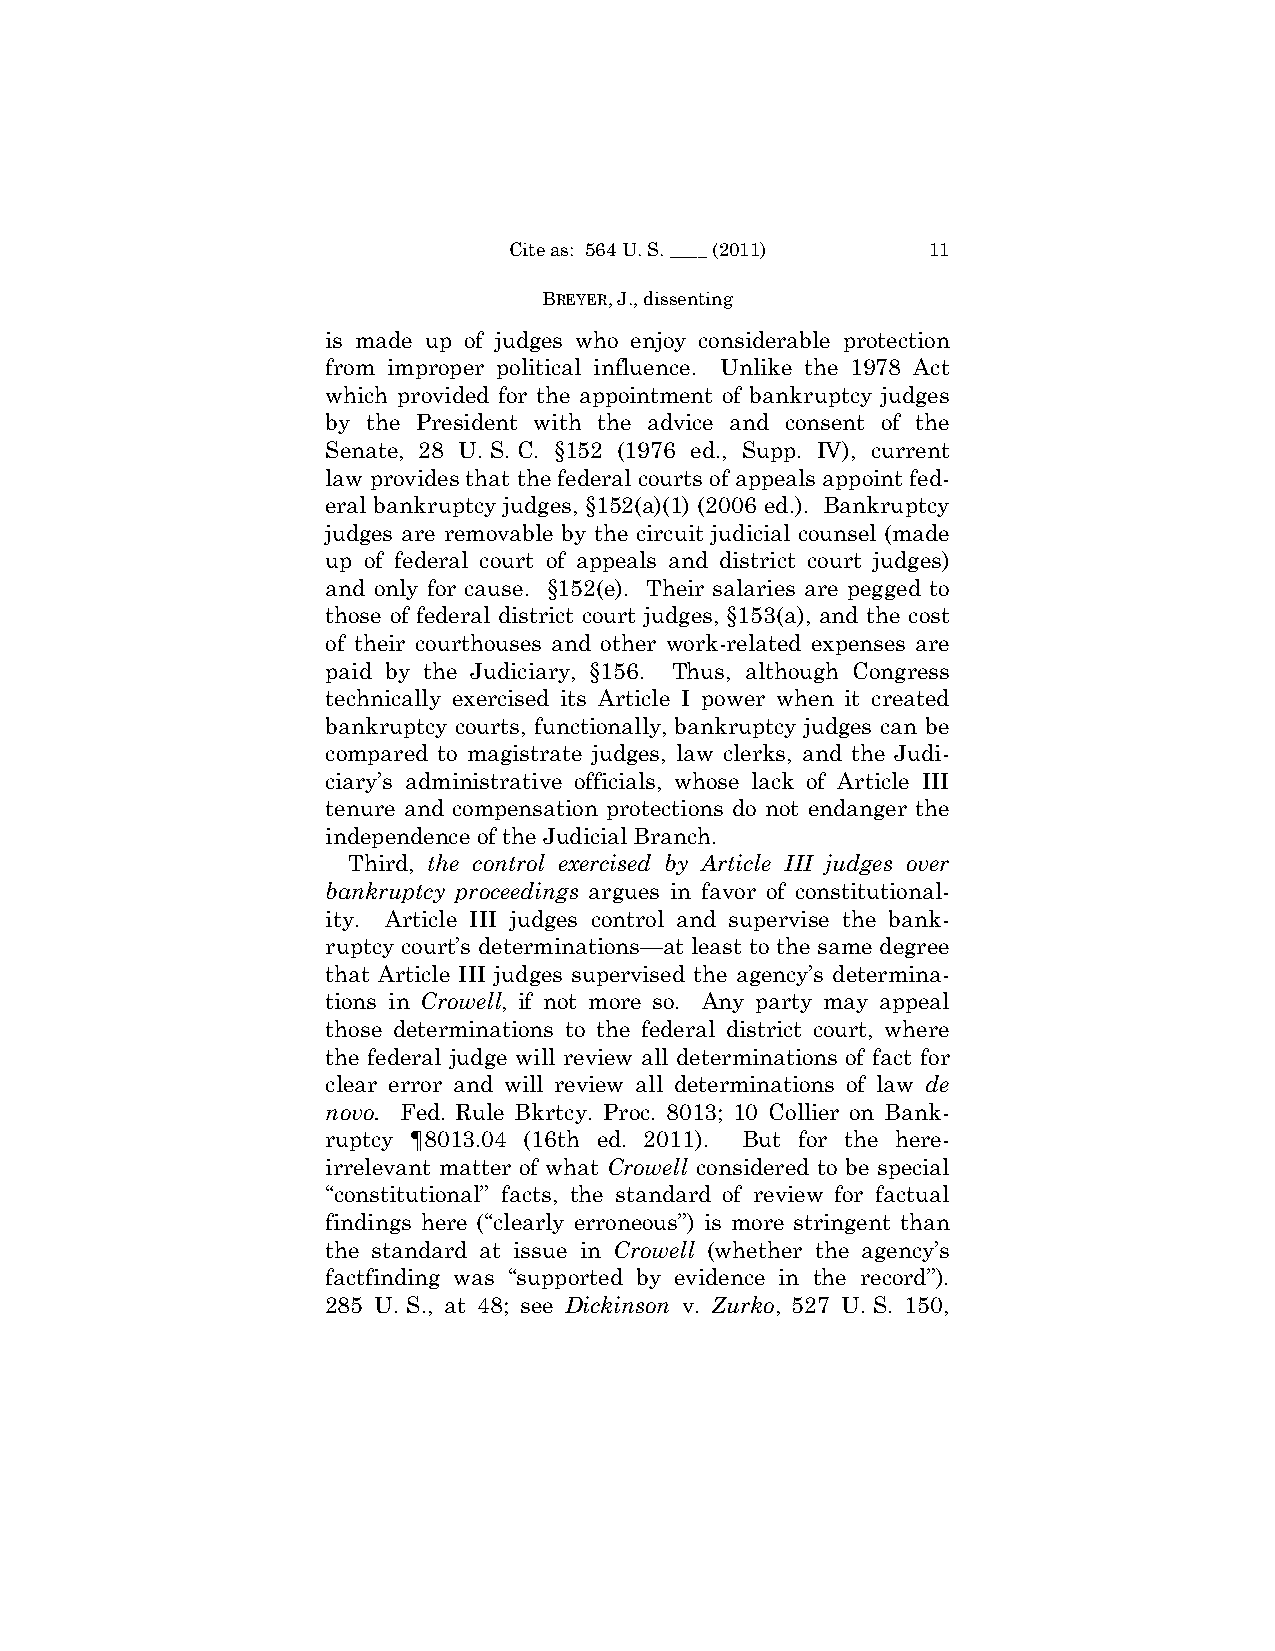
Cite as: 564 U. S. ____ (2011) 11
 BREYER, J., dissenting
 is made up of judges who enjoy considerable protection
 from improper political influence. Unlike the 1978 Act
 which provided for the appointment of bankruptcy judges
 by the President with the advice and consent of the
 Senate, 28 U. S. C. §152 (1976 ed., Supp. IV), current
 law provides that the federal courts of appeals appoint fed­
 eral bankruptcy judges, §152(a)(1) (2006 ed.). Bankruptcy
 judges are removable by the circuit judicial counsel (made
 up of federal court of appeals and district court judges)
 and only for cause. §152(e). Their salaries are pegged to
 those of federal district court judges, §153(a), and the cost
 of their courthouses and other work-related expenses are
 paid by the Judiciary, §156. Thus, although Congress
 technically exercised its Article I power when it created
 bankruptcy courts, functionally, bankruptcy judges can be
 compared to magistrate judges, law clerks, and the Judi­
 ciary’s administrative officials, whose lack of Article III
 tenure and compensation protections do not endanger the
 independence of the Judicial Branch.
 Third, the control exercised by Article III judges over
 bankruptcy proceedings argues in favor of constitutional­
 ity. Article III judges control and supervise the bank­
 ruptcy court’s determinations—at least to the same degree
 that Article III judges supervised the agency’s determina­
 tions in Crowell, if not more so. Any party may appeal
 those determinations to the federal district court, where
 the federal judge will review all determinations of fact for
 clear error and will review all determinations of law de
 novo. Fed. Rule Bkrtcy. Proc. 8013; 10 Collier on Bank­
 ruptcy ¶8013.04 (16th ed. 2011). But for the here­
 irrelevant matter of what Crowell considered to be special
 “constitutional” facts, the standard of review for factual
 findings here (“clearly erroneous”) is more stringent than
 the standard at issue in Crowell (whether the agency’s
 factfinding was “supported by evidence in the record”).
 285 U. S., at 48; see Dickinson v. Zurko, 527 U. S. 150,